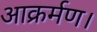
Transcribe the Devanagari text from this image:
आक्रर्मण।